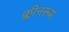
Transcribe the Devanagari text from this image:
क्लीनरूम